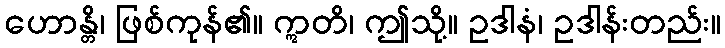
ဟောန္တိ၊ ဖြစ်ကုန်၏။ ဣတိ၊ ဤသို့။ ဥဒါနံ၊ ဥဒါန်းတည်း။